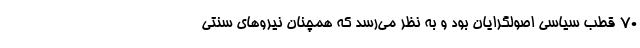
۷۰ قطب سیاسی اصولگرایان بود و به نظر می‌رسد که همچنان نیروهای سنتی